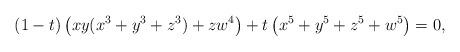
LaTeX: \begin{align*}(1-t)\left( xy(x^3+y^3+z^3)+zw^4\right) +t\left( x^5+y^5+z^5+w^5\right)=0,\end{align*}